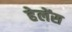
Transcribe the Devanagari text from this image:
हेलेंस